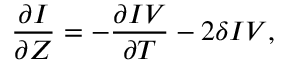
\frac { \partial I } { \partial Z } = - \frac { \partial I V } { \partial T } - 2 \delta I V ,